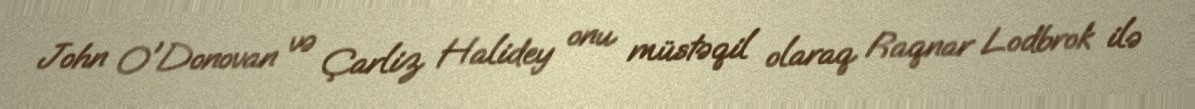
John O'Donovan və Çarliz Halidey onu müstəqil olaraq Raqnar Lodbrok ilə